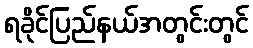
ရခိုင်ပြည်နယ်အတွင်းတွင်